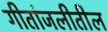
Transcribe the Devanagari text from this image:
गीतांजलीतील